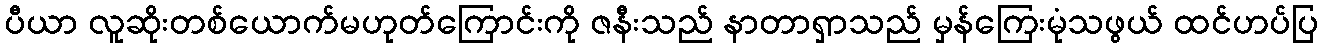
ပီယာ လူဆိုးတစ်ယောက်မဟုတ်ကြောင်းကို ဇနီးသည် နာတာရှာသည် မှန်ကြေးမုံသဖွယ် ထင်ဟပ်ပြ